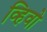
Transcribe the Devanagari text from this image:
व्हिवो